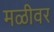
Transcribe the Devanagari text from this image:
मळीवर